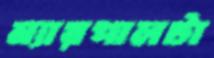
ন্যায়পালটা